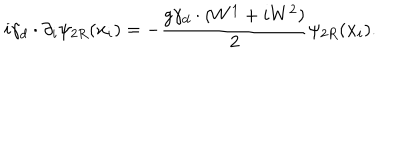
i \gamma _ { d } \cdot \partial _ { i } \psi _ { 2 R } ( \mathbf { x } _ { i } ) = - \frac { g \gamma _ { d } \cdot ( W ^ { 1 } + i W ^ { 2 } ) } { 2 } \psi _ { 2 R } ( \mathbf { x } _ { i } ) .